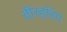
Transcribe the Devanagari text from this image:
वीरहंडिगे